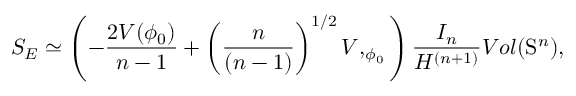
S _ { E } \simeq \left( - \frac { 2 { \cal V } ( \phi _ { 0 } ) } { n - 1 } + \left( \frac { n } { ( n - 1 ) } \right) ^ { 1 / 2 } { \cal V } , _ { \phi _ { 0 } } \right) \frac { I _ { n } } { H ^ { ( n + 1 ) } } V o l ( \mathrm { S } ^ { n } ) ,